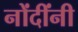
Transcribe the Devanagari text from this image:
नोंदींनी